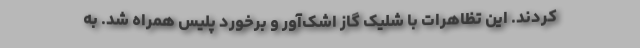
کردند. این تظاهرات با شلیک گاز اشک‌آور و برخورد پلیس همراه شد. به